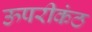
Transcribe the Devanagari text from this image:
ऊपरीकंठ